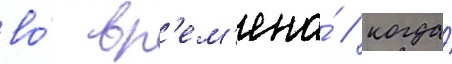
во́ вр'ем'ена́ / когда́